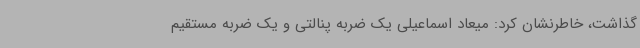
گذاشت، خاطرنشان کرد: میعاد اسماعیلی یک ضربه پنالتی و یک ضربه مستقیم